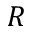
R